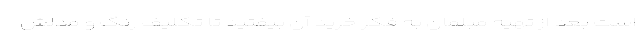
است بعد از تهیه مبلمان به فکر خرید آن بیفتید تا تکلیف رنگ و مدلش